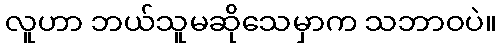
လူဟာ ဘယ်သူမဆိုသေမှာက သဘာဝပဲ။